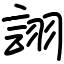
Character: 詡